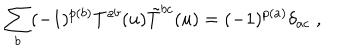
LaTeX: \sum _ { b } ( - 1 ) ^ { p ( b ) } T ^ { a b } ( u ) \tilde { T } ^ { b c } ( u ) = ( - 1 ) ^ { p ( a ) } \delta _ { a c } \; ,